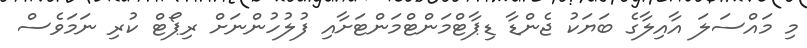
މި މައްސަލަ އާއިލާގެ ބަޔަކު ޖެންޑާ ޑިޕާޓްމަންޓްމަންޓަށާއި ފުލުހުންނަށް ރިޕޯޓް ކުރި ނަމަވެސް